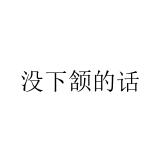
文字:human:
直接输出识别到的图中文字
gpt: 没下颔的话